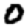
Digit: 0